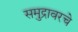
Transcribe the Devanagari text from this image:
समुद्रावरचे